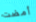
أمضت